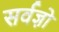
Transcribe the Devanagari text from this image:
सर्वज्ञो